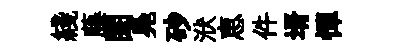
綫藤閨鳧砂洑恵件壻憚